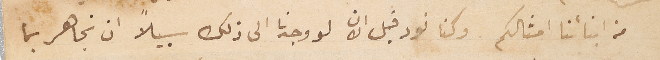
من ابنائنا امثالكم وكنا نود قبل الان لو وجدنا الى ذلك سبيلاً ان نجاهر بما